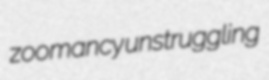
zoomancy unstruggling